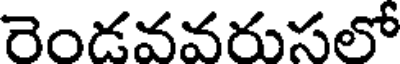
రెండవవరుసలో